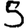
Digit: 5